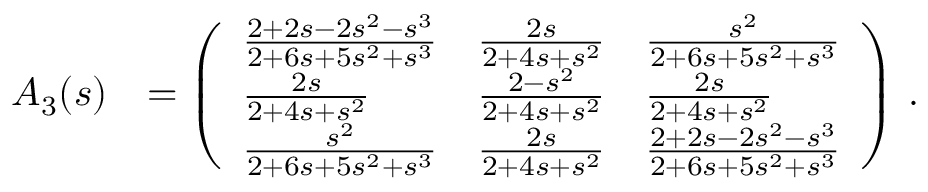
\begin{array} { r l } { A _ { 3 } ( s ) } & { = \left( \begin{array} { l l l } { \frac { 2 + 2 s - 2 s ^ { 2 } - s ^ { 3 } } { 2 + 6 s + 5 s ^ { 2 } + s ^ { 3 } } } & { \frac { 2 s } { 2 + 4 s + s ^ { 2 } } } & { \frac { s ^ { 2 } } { 2 + 6 s + 5 s ^ { 2 } + s ^ { 3 } } } \\ { \frac { 2 s } { 2 + 4 s + s ^ { 2 } } } & { \frac { 2 - s ^ { 2 } } { 2 + 4 s + s ^ { 2 } } } & { \frac { 2 s } { 2 + 4 s + s ^ { 2 } } } \\ { \frac { s ^ { 2 } } { 2 + 6 s + 5 s ^ { 2 } + s ^ { 3 } } } & { \frac { 2 s } { 2 + 4 s + s ^ { 2 } } } & { \frac { 2 + 2 s - 2 s ^ { 2 } - s ^ { 3 } } { 2 + 6 s + 5 s ^ { 2 } + s ^ { 3 } } } \end{array} \right) \, . } \end{array}